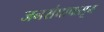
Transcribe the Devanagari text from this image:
जनसंघापासून